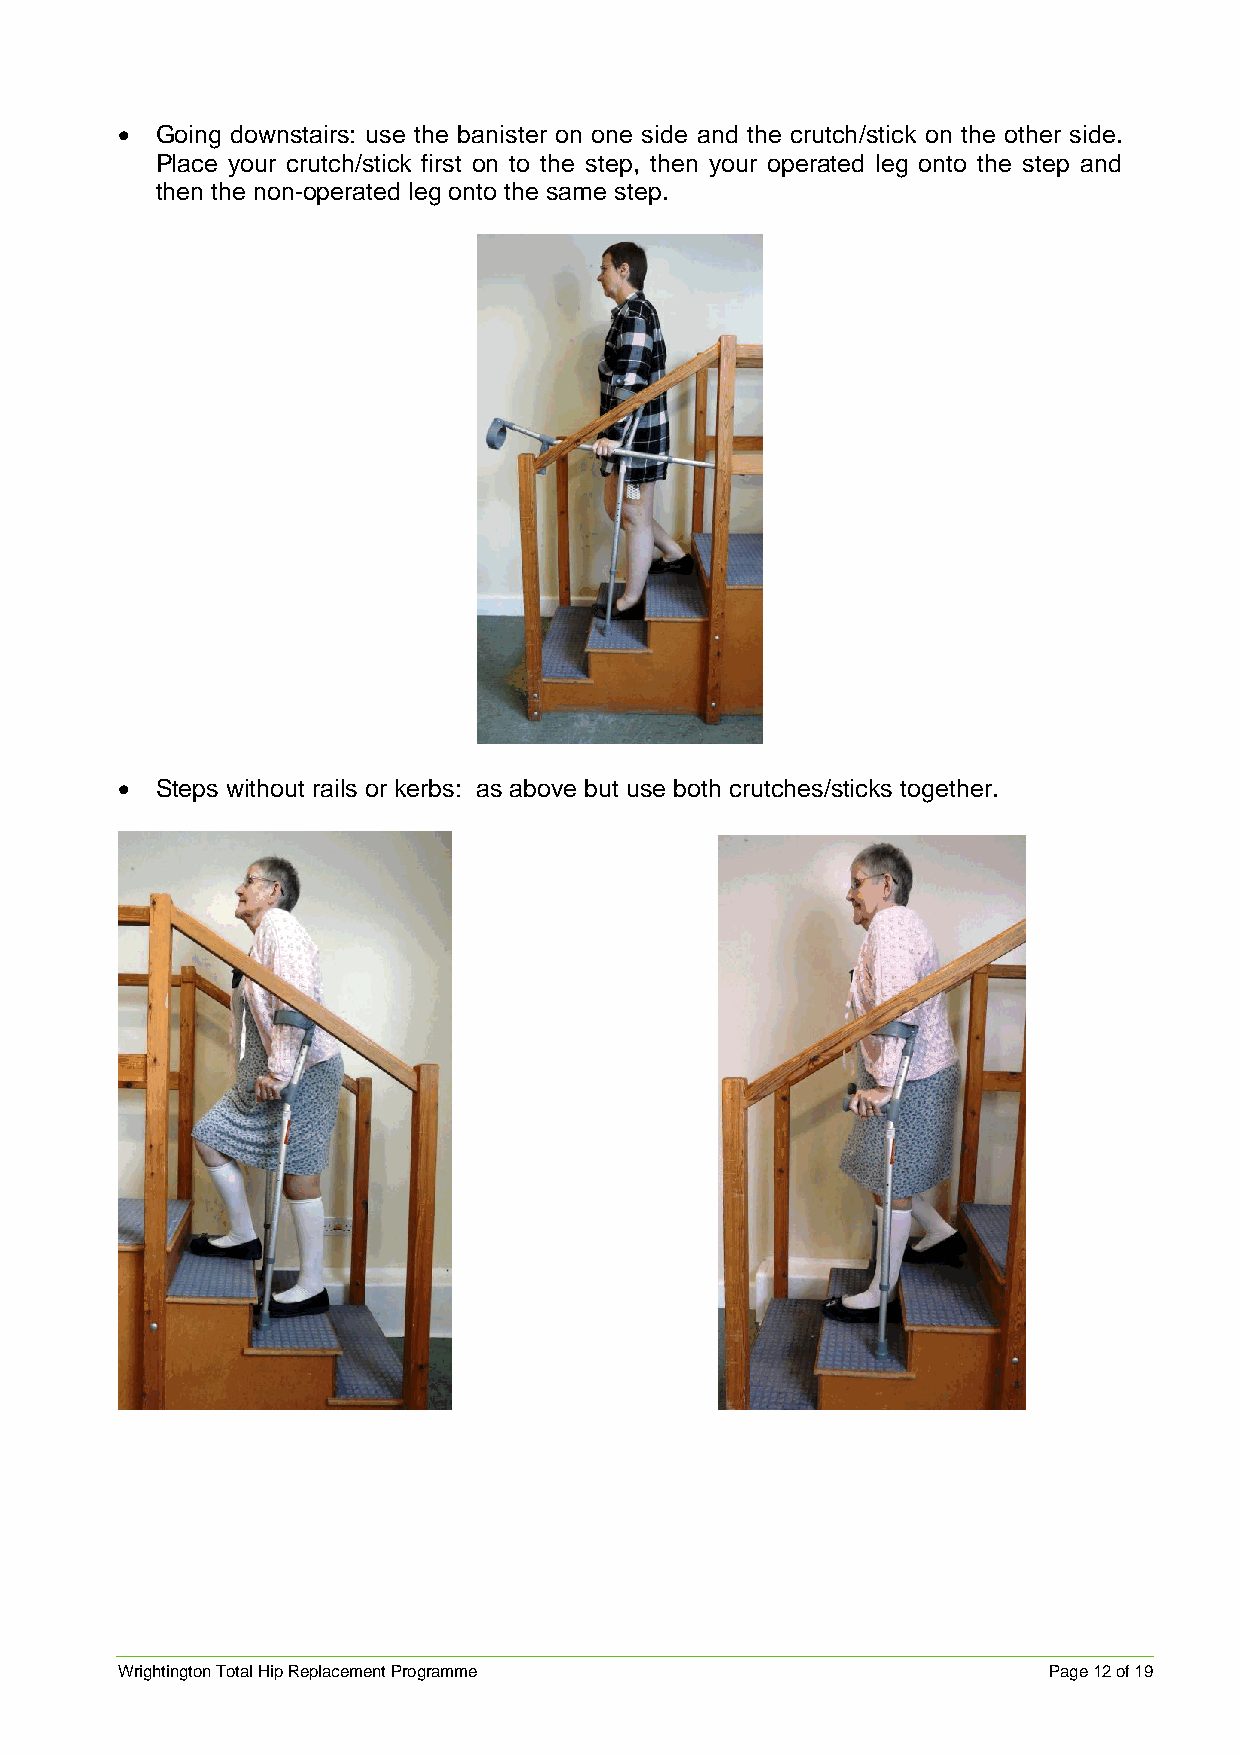
 Going downstairs: use the banister on one side and the crutch/stick on the other side.
 Place your crutch/stick first on to the step, then your operated leg onto the step and
 then the non-operated leg onto the same step.
  Steps without rails or kerbs: as above but use both crutches/sticks together.
 Wrightington Total Hip Replacement Programme                 Page 12 of 19